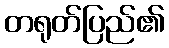
တရုတ်ပြည်၏